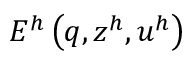
E ^ { h } \left( q , z ^ { h } , u ^ { h } \right)